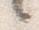
言